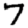
Digit: 7